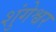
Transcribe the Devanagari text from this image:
शुंगेश्वर